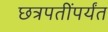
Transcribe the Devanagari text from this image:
छत्रपतींपर्यंत